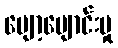
ပျော့ပျောင်းမှု